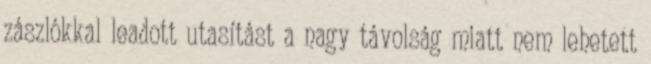
zászlókkal leadott utasítást a nagy távolság miatt nem lehetett